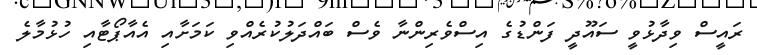
ރައީސް ވިދާޅުވީ ސައޫދީ ފަންޑުގެ އިސްވެރިންނާ ވެސް ބައްދަލުކުރެއްވި ކަމަށާއި އެއާޕޯޓާއި ހުޅުމާލެ